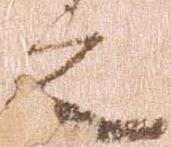
之